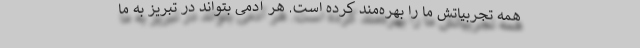
همه تجربیاتش ما را بهره‌مند کرده است. هر آدمی بتواند در تبریز به ما